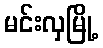
မင်းလှမြို့